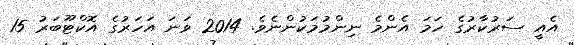
އެއީ ސަރުކާރުގެ ހަމަ އެންމެ ނިންމުމަކުންނެވެ. 2014 ވަނަ އަހަރުގެ އޮކްޓޫބަރު 15